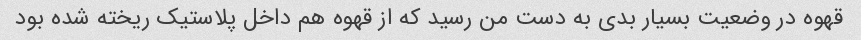
قهوه در وضعیت بسیار بدی به دست من رسید که از قهوه هم داخل پلاستیک ریخته شده بود